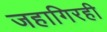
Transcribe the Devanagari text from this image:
जहागिरही